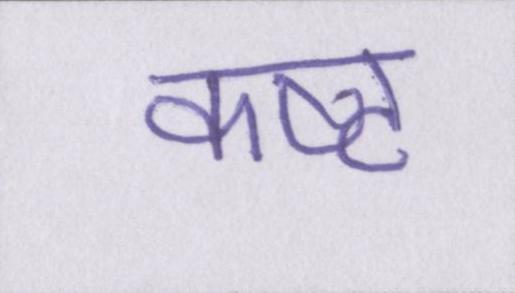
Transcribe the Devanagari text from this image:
कष्ट